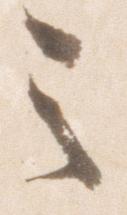
之